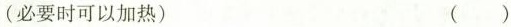
(必要时可以加热) ( )